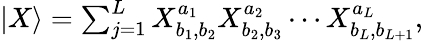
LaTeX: \begin{array}{r}{{|{X}\rangle}=\sum_{j=1}^{L}X_{b_{1},b_{2}}^{a_{1}}X_{b_{2},b_{3}}^{a_{2}}\cdots X_{b_{L},b_{L+1}}^{a_{L}},}\end{array}